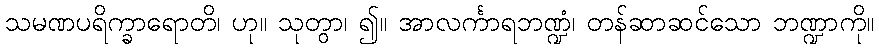
သမဏပရိက္ခာရောတိ၊ ဟု။ သုတွာ၊ ၍။ အာလင်္ကာရဘဏ္ဍံ၊ တန်ဆာဆင်သော ဘဏ္ဍာကို။